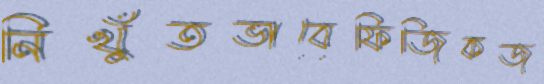
নিখুঁতভাবেফিজিকজ